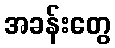
အခန်းတွေ